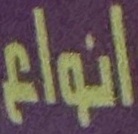
انواع